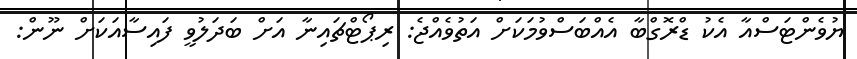
ޔުވެންޓަސްއާ އެކު ޑްރޮގްބާ އެއްބަސްވުމަކަށް އަތުވެއްޖެ: ރިޕޯޓްޗައިނާ އަށް ބަދަލުވީ ފައިސާއަކަށް ނޫން: